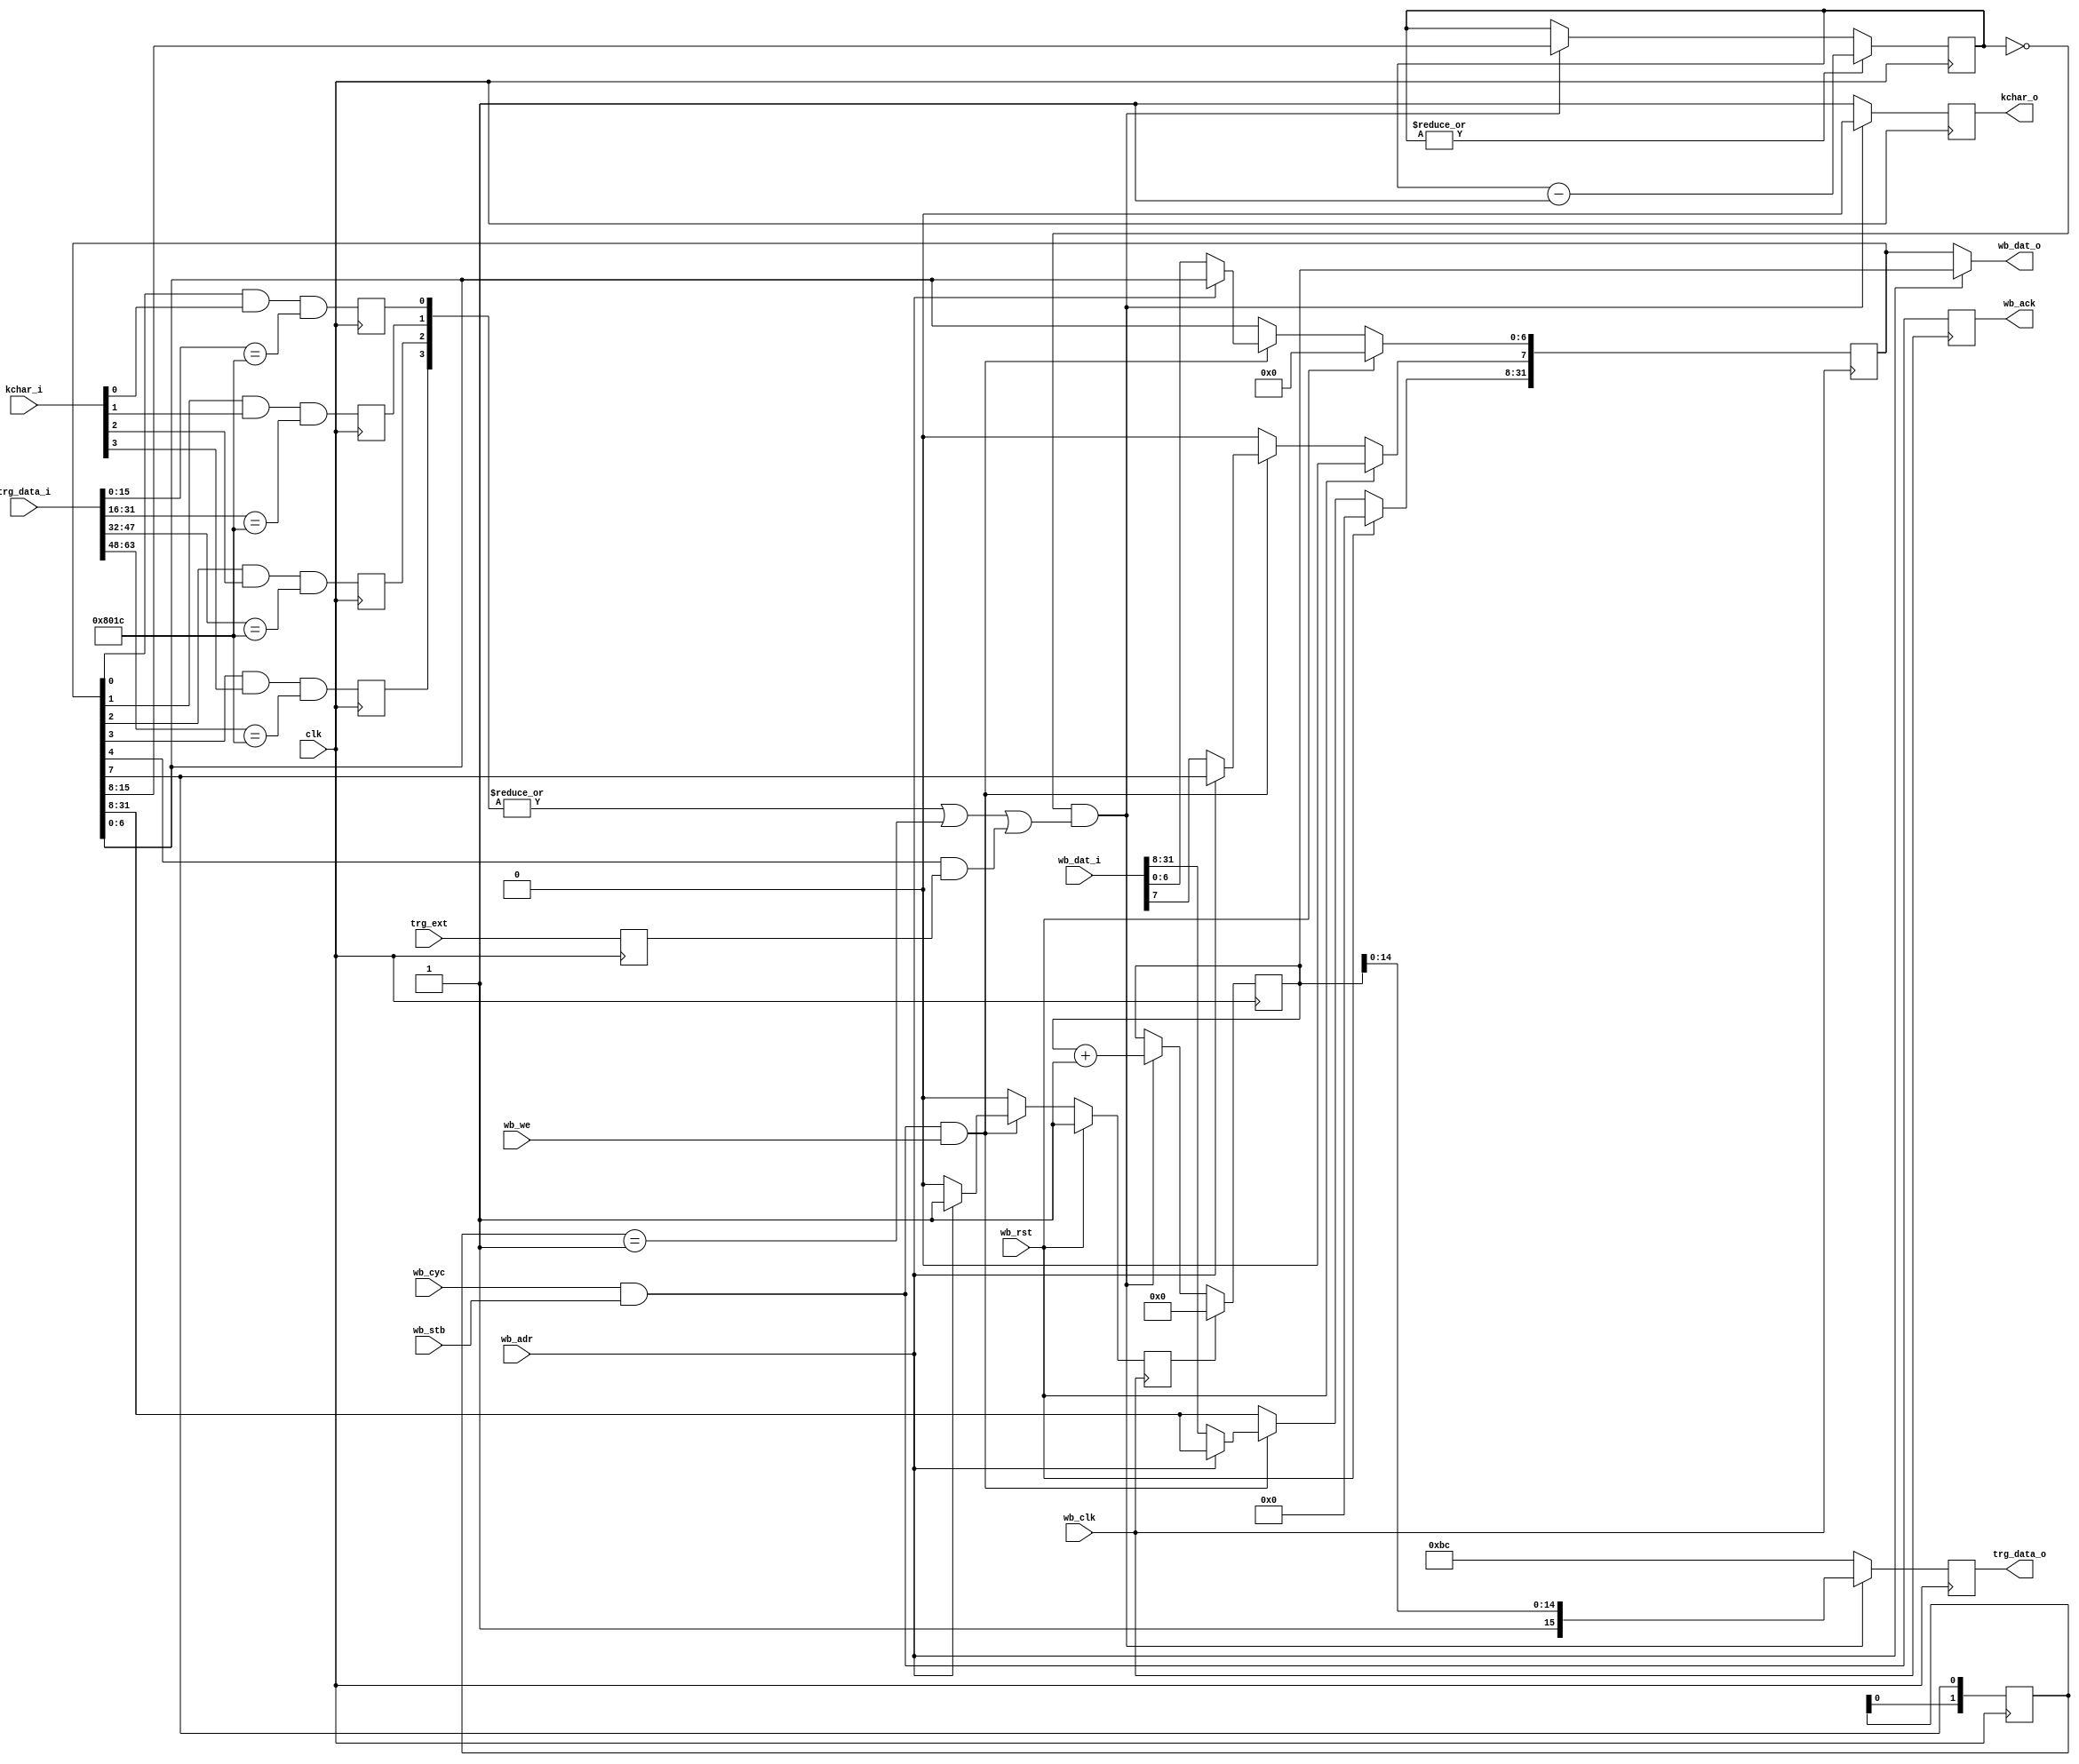
`timescale 1ns / 1ps
//////////////////////////////////////////////////////////////////////////////////
// Company: 
// Engineer: 
// 
// Design Name: 
// Module Name:    triggen 
// Project Name: 
// Target Devices: 
// Tool versions: 
// Description: 
//		Makes trigger from chan FPGA coming triggers,
//		external trigger and soft trigger.
// Dependencies: 
//
// Revision: 
// Revision 0.01 - File Created
// Additional Comments: 
//		CSR bits:
//	3:0  - corrsponding chan FPGA trigger enable
// 4    - external trigger enable
// 7    - soft trigger (auto clear)
//	15:8 - trigger block time (125MHz ticks)
//////////////////////////////////////////////////////////////////////////////////
module triggen(
		input [63:0] trg_data_i,
		output reg [15:0] trg_data_o,
		input clk,
		input [3:0] kchar_i,
		output reg kchar_o,
		input wb_clk,
		input wb_rst,
		input [31:0] wb_dat_i,
		output [31:0] wb_dat_o,
		input wb_cyc,
		output reg wb_ack,
		input wb_adr,
		input wb_stb,
		input wb_we,
		input trg_ext
   );

	localparam	CH_COMMA = 16'h00BC;		// comma K28.5
	localparam  CH_TRIG  = 16'h801C;		// K-character K28.0

	reg [31:0] CSR = 0;
	reg [31:0] CNT = 0;
	reg [3:0]  STRG = 0;
	reg [7:0]  dcnt = 0;
	reg trg_ext_s = 0;
	reg cnt_reset = 0;
	reg [1:0] CSR7_D = 0;

//		WishBone
	assign wb_dat_o = (wb_adr) ? CNT : CSR;
	always @ (posedge wb_clk) begin
		cnt_reset <= 0;
		wb_ack <= wb_cyc && wb_stb;
		if (wb_cyc && wb_stb && wb_we) begin
			if (wb_adr) begin
				cnt_reset <= 1;
			end else begin
				CSR <= wb_dat_i;
			end
		end else if (CSR[7]) CSR[7] <= 0;
		if (wb_rst) begin
			cnt_reset <= 1;
			CSR <= 0;
		end
	end

	genvar i;
	generate
		for (i=0; i<4; i=i+1) begin: USTRG
			always @ (posedge clk) STRG[i] <= CSR[i] && kchar_i[i] && (trg_data_i[16*i+15:16*i] == CH_TRIG);
		end	
	endgenerate

//		Trigger
	always @ (posedge clk) begin
		CSR7_D <= {CSR7_D[0], CSR[7]};
		trg_ext_s <= trg_ext;
		trg_data_o <= CH_COMMA;
		kchar_o <= 1;
		if (dcnt == 0 && ((| STRG) || (CSR7_D == 2'b01) || (CSR[4] && trg_ext_s))) begin
			dcnt <= CSR[15:8];
			kchar_o <= 0;
			trg_data_o <= {1'b1, CNT[14:0]};
			CNT <= CNT + 1;
		end
		if (cnt_reset) CNT <= 0;
		if (| dcnt) dcnt <= dcnt - 1;
	end

endmodule